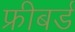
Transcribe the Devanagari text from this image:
फ्रीबर्ड